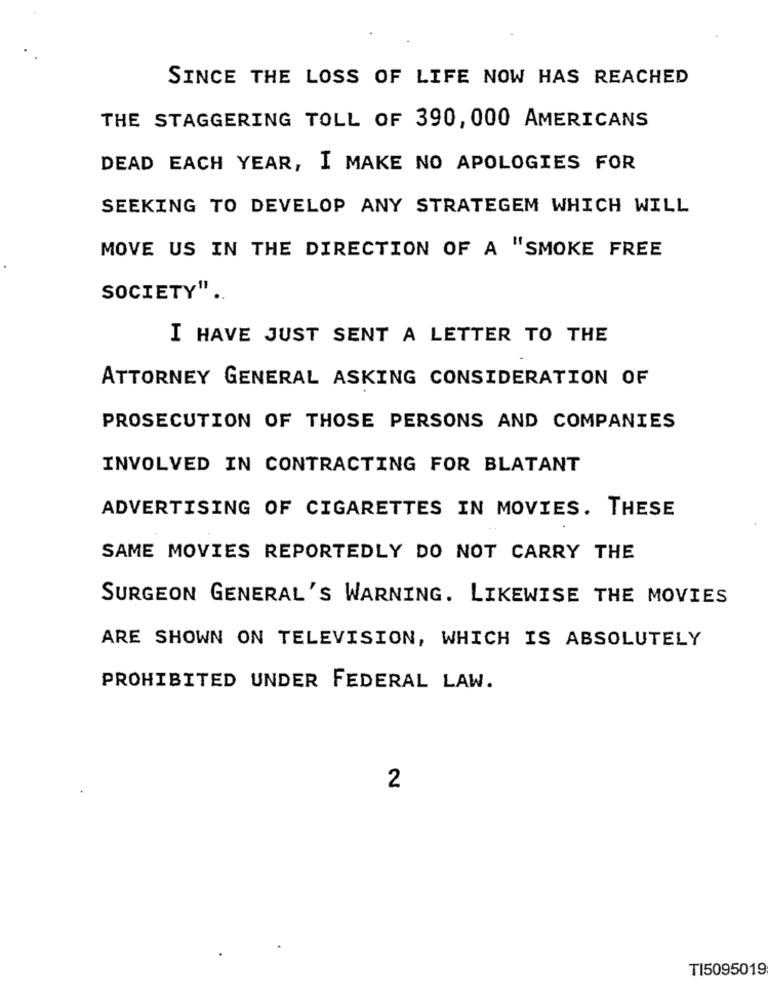
SINCE THE LOSS OF LIFE NOW HAS REACHED
THE STAGGERING TOLL OF 390, 000 AMERICANS
DEAD EACH YEAR, I MAKE NO APOLOGIES FOR
SEEKING TO DEVELOP ANY STRATEGEM WHICH WILL
MOVE US IN THE DIRECTION OF A "SMOKE FREE
SOCIETY" ..
I HAVE JUST SENT A LETTER TO THE
ATTORNEY GENERAL ASKING CONSIDERATION OF
PROSECUTION OF THOSE PERSONS AND COMPANIES
INVOLVED IN CONTRACTING FOR BLATANT
ADVERTISING OF CIGARETTES IN MOVIES. THESE
SAME MOVIES REPORTEDLY DO NOT CARRY THE
SURGEON GENERAL'S WARNING. LIKEWISE THE MOVIES
ARE SHOWN ON TELEVISION, WHICH IS ABSOLUTELY
PROHIBITED UNDER FEDERAL LAW.
2
T15095019